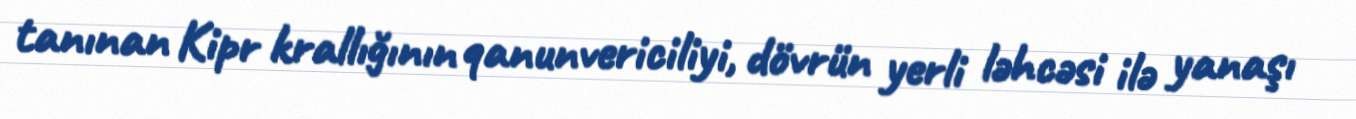
tanınan Kipr krallığının qanunvericiliyi, dövrün yerli ləhcəsi ilə yanaşı